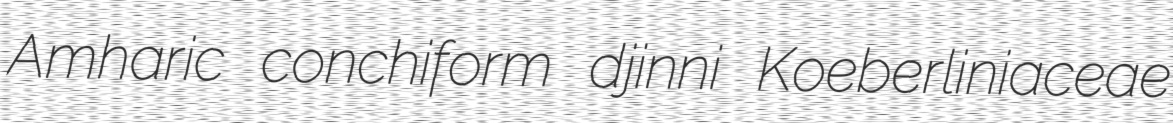
Amharic conchiform djinni Koeberliniaceae